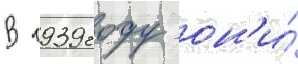
В 1939 году он'и́